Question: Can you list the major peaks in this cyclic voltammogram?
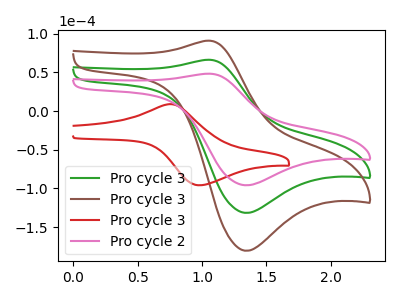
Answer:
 <answer>The green curve "Pro cycle 3" has an anodic peak at (1.05V, 66.35uA) and a cathodic peak at (1.35V, -131.75uA). The brown curve "Pro cycle 3" has an anodic peak at (1.05V, 132.70uA) and a cathodic peak at (1.35V, -263.45uA). The red curve "Pro cycle 3" has an anodic peak at (0.75V, 8.95uA) and a cathodic peak at (1.00V, -96.00uA). The pink curve "Pro cycle 2" has an anodic peak at (1.05V, 48.35uA) and a cathodic peak at (1.35V, -96.00uA).</answer>
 <eval></eval>